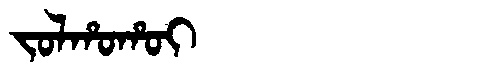
Manchu: ᠵᠣᠯᡥᠣᡥᠣᡳ
Romanization: JOLHOHOI